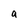
Character: a